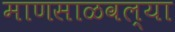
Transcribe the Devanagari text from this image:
माणसाळवल्या